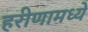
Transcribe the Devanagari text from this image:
हरीणामध्ये